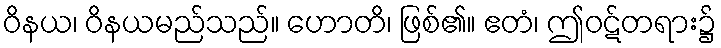
ဝိနယ၊ ဝိနယမည်သည်။ ဟောတိ၊ ဖြစ်၏။ ဧတံ၊ ဤဝဋ်တရား၌